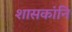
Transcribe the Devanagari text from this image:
शासकांनि